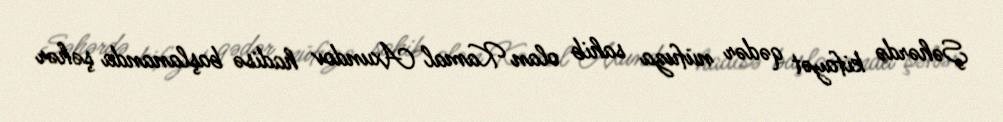
Şəhərdə kifayət qədər nüfuza sahib olan Kamal Axundov hadisə başlananda şəhər